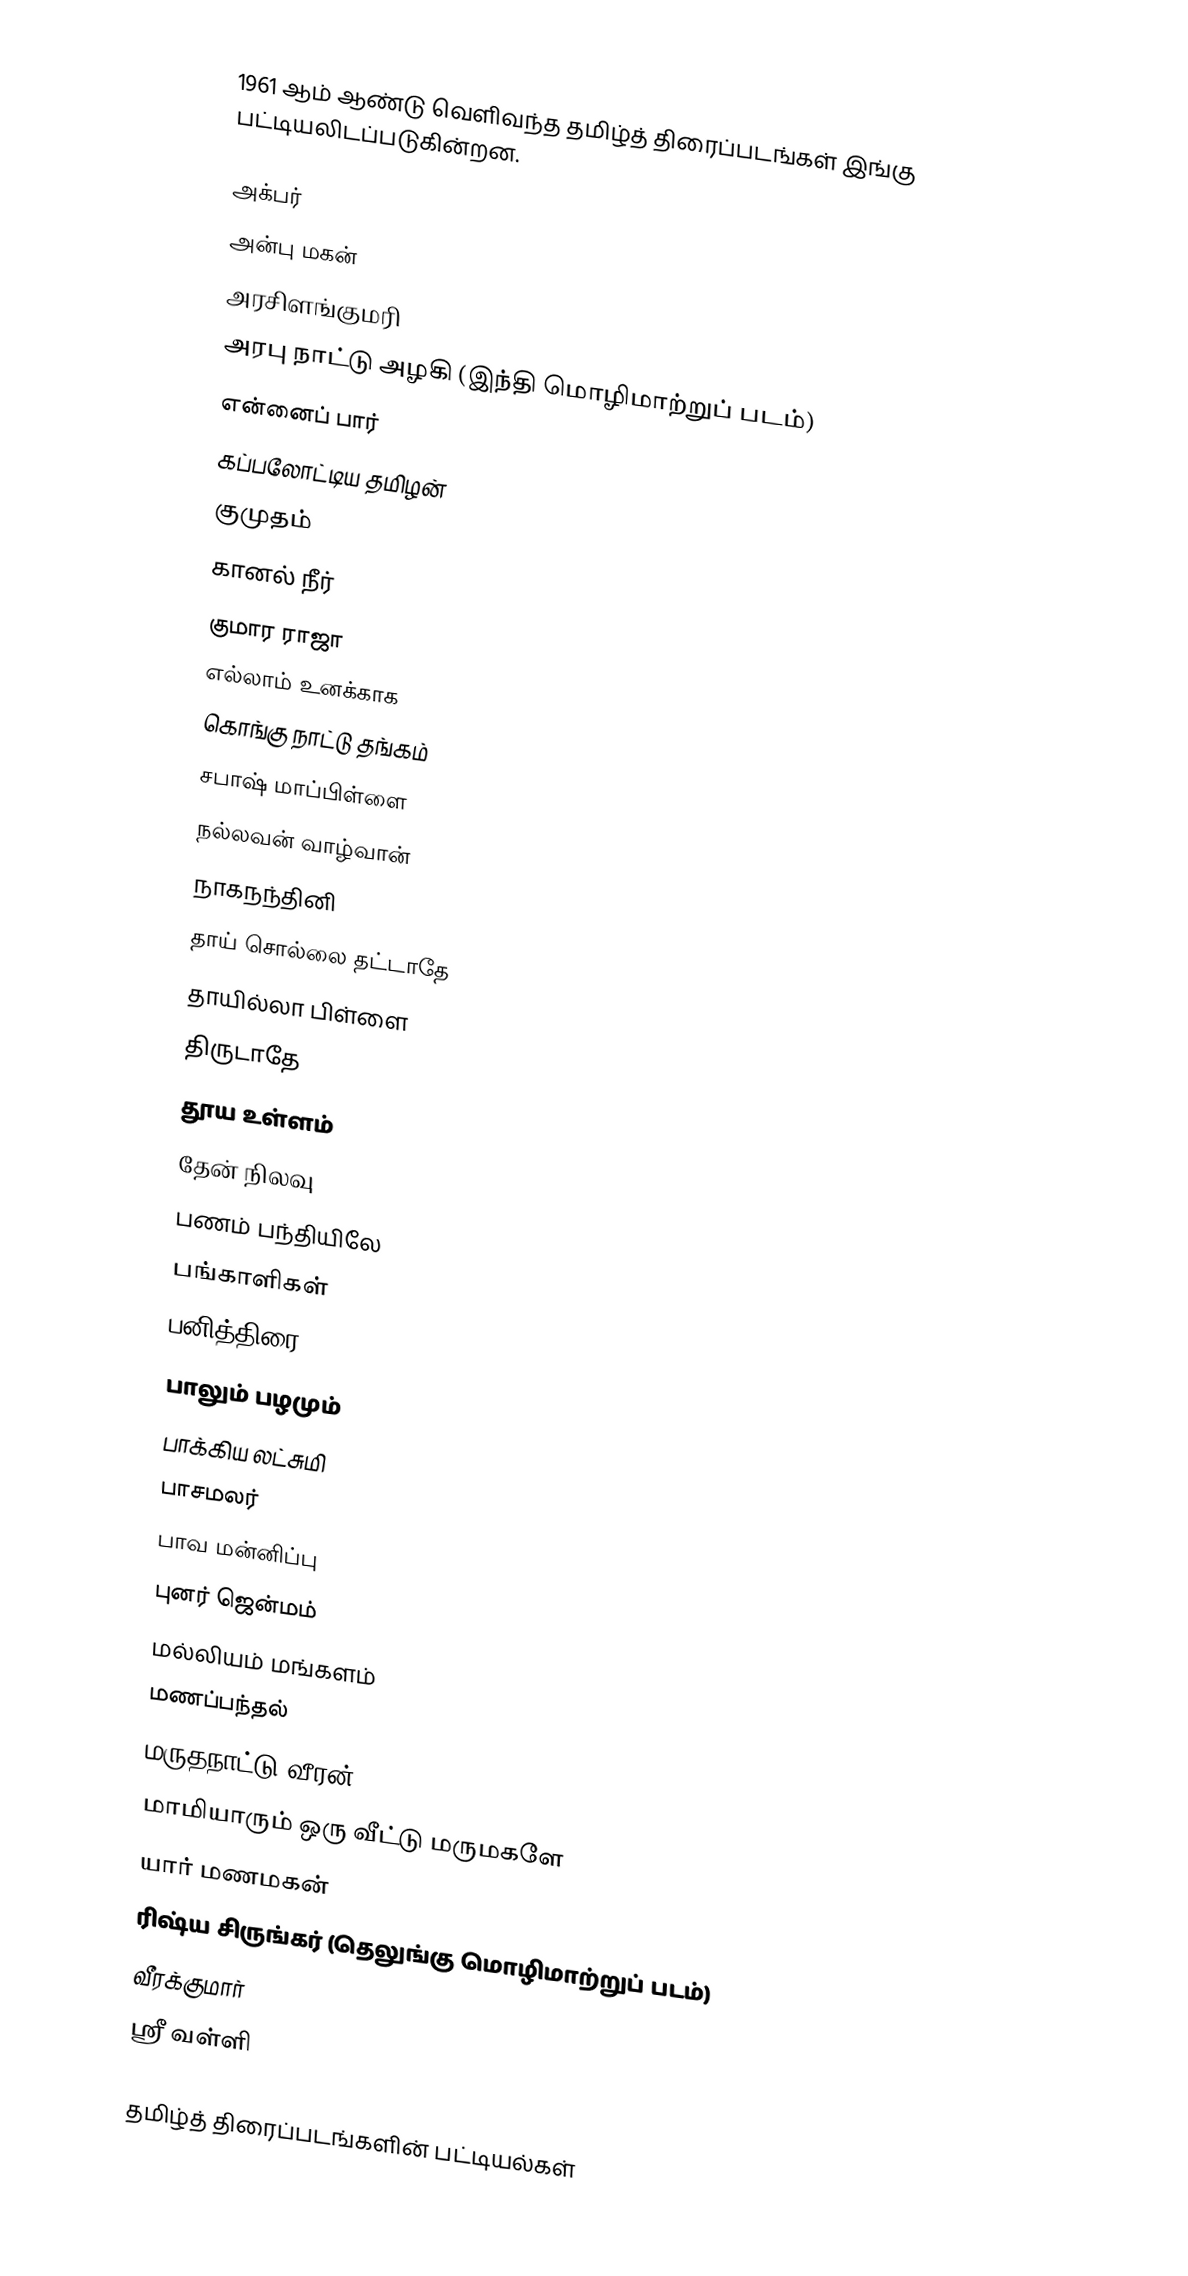
1961 ஆம் ஆண்டு வெளிவந்த தமிழ்த் திரைப்படங்கள் இங்கு பட்டியலிடப்படுகின்றன.

அக்பர்
அன்பு மகன்
அரசிளங்குமரி
அரபு நாட்டு அழகி (இந்தி மொழிமாற்றுப் படம்)
என்னைப் பார்
கப்பலோட்டிய தமிழன்
குமுதம்
கானல் நீர்
குமார ராஜா
எல்லாம் உனக்காக
கொங்கு நாட்டு தங்கம்
சபாஷ் மாப்பிள்ளை
நல்லவன் வாழ்வான்
நாகநந்தினி
தாய் சொல்லை தட்டாதே
தாயில்லா பிள்ளை
திருடாதே
தூய உள்ளம்
தேன் நிலவு
பணம் பந்தியிலே
பங்காளிகள்
பனித்திரை
பாலும் பழமும்
பாக்கிய லட்சுமி
பாசமலர்
பாவ மன்னிப்பு
புனர் ஜென்மம்
மல்லியம் மங்களம்
மணப்பந்தல்
மருதநாட்டு வீரன்
மாமியாரும் ஒரு வீட்டு மருமகளே
யார் மணமகன்
ரிஷ்ய சிருங்கர் (தெலுங்கு மொழிமாற்றுப் படம்)
வீரக்குமார்
ஸ்ரீ வள்ளி

தமிழ்த் திரைப்படங்களின் பட்டியல்கள்